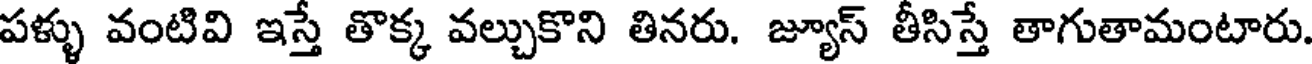
పళ్ళు వంటివి ఇస్తే తొక్క వల్చుకొని తినరు. జ్యూస్ తీసిస్తే తాగుతామంటారు.